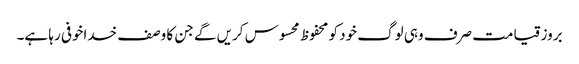
بروز قیامت صرف وہی لوگ خود کو محفوظ محسوس کریں گے جن کا وصف خداخوفی رہا ہے۔